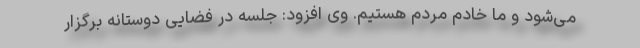
می‌شود و ما خادم مردم هستیم. وی افزود: جلسه در فضایی دوستانه برگزار